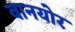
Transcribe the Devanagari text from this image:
वानयोर